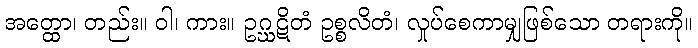
အတ္ထော၊ တည်း။ ဝါ၊ ကား။ ဥဂ္ဃဋိတံ ဥစ္စလိတံ၊ လှုပ်စေကာမျှဖြစ်သော တရားကို။